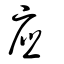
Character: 應